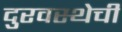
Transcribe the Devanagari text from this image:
दुरवस्थेची